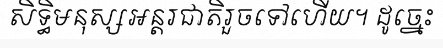
សិទ្ធិមនុស្សអន្តរជាតិរួចទៅហើយ។ ដូច្នេះ